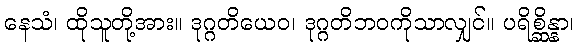
နေသံ၊ ထိုသူတို့အား။ ဒုဂ္ဂတိယေဝ၊ ဒုဂ္ဂတိဘဝကိုသာလျှင်။ ပရိစ္ဆိန္နာ၊